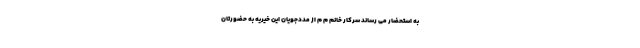
به استحضار می رساند سرکار خانم م م از مددجویان این خیریه به حضورتان